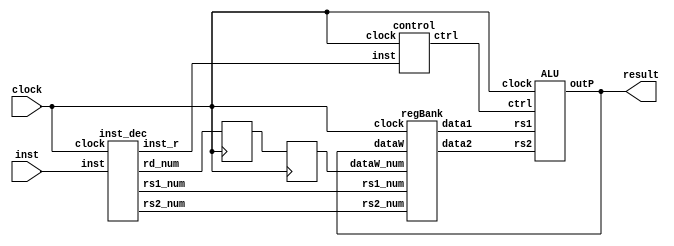
`timescale 1ns / 1ps
//////////////////////////////////////////////////////////////////////////////////
// Company: 
// Engineer: 
// 
// Design Name: 
// Module Name: procs_new
// Project Name: 
// Target Devices: 
// Tool Versions: 
// Description: 
// 
// Dependencies: 
// 
// Revision:
// Revision 0.01 - File Created
// Additional Comments:
// 
//////////////////////////////////////////////////////////////////////////////////


module procsn32(
    input clock,
    input [31:0] inst,
    output [31:0] result
    );
    
    wire [4:0] rs1_num, rs2_num, rd_num;
    reg [4:0] rd_num_r, rd_num_rr;
    wire [3:0] ctrl;
    wire [31:0]  rs1, rs2;
    wire [31:0] inst_r,outP;
    
    //Instruction Decode Stage
    inst_dec ID (inst, rs1_num, rs2_num, rd_num, inst_r, clock);
    //Control Signal Stage
    control CTRL (inst_r, ctrl, clock);
    
    always@(posedge clock) begin
    rd_num_r <= rd_num;
    rd_num_rr <= rd_num_r;
    end 
    
    //ALU Stage
    ALU ALU (rs1, rs2, ctrl, outP, clock);
    //Register Bank module
    regBank regB(clock, rs1_num, rs2_num, rd_num_rr, outP, rs1, rs2);
            
    assign result = outP;
    
endmodule

module regBank(input clock, input [4:0] rs1_num, rs2_num, dataW_num, 
               input [31:0] dataW, output reg [31:0] data1, data2);
reg [31:0] regBank [0:31];  //register_bank
always@(posedge clock) begin
data1 <= regBank[rs1_num];
data2 <= regBank[rs2_num];
regBank[dataW_num] <= dataW;
end
endmodule

module inst_dec(input [31:0] inst, 
    output [4:0] rs1_num, rs2_num, rd_num,
    output reg [31:0] inst_r, input clock);
always@(posedge clock) inst_r = inst;

assign rs1_num = inst_r[19:15];   //rs1
assign rs2_num = inst_r[24:20];   //rs2
assign rd_num = inst_r[11:7];  //rd

endmodule

module control(input [31:0] inst, output reg [3:0] ctrl, input clock);
parameter   ADD = 10'b0000001, SUB = 10'b0010001, SLL = 10'b0000011,
            SRL = 10'b0010011, SRA = 10'b0100011, SLT = 10'b0000111,
            SLTU= 10'b0010111, XOR = 10'b0001111, OR  = 10'b0011111,
            AND = 10'b0101111;       //func_opcode
    always@(posedge clock) begin                 
    case({inst[14:12],inst[3:0]}) //func_opcode
            ADD : ctrl = 4'h1;
            SUB : ctrl = 4'h2;
            SLL : ctrl = 4'h3; 
            SRL : ctrl = 4'h4;
            SRA : ctrl = 4'h5;
            SLT : ctrl = 4'h6;
            SLTU: ctrl = 4'h7;
            XOR : ctrl = 4'h8;
            OR  : ctrl = 4'h9;
            AND : ctrl = 4'ha;
            default : ctrl = 4'h0;
    endcase
    end
endmodule

module ALU(input [31:0] rs1, input [31:0] rs2, input [3:0] ctrl,
             output reg [31:0] outP, input clock);
always@(posedge clock) begin//EX
case(ctrl) //func_opcode
4'h1 : outP = rs1 + rs2 ;
4'h2 : outP = rs1 - rs2 ;
4'h3 : outP = rs1 << rs2[4:0] ; 
4'h4 : outP = rs1 >> rs2[4:0] ;
4'h5 : outP = $signed(rs1) >>> rs2[4:0] ;
4'h6 : outP = ($signed(rs1) < $signed(rs2)) 
              ? 32'h00000001 : 32'h00000000 ;
4'h7 : outP = (rs1 < rs2) 
              ? 32'h00000001 : 32'h00000000 ;
4'h8 : outP = rs1 ^ rs2 ;
4'h9 : outP = rs1 | rs2 ;
4'ha : outP = rs1 & rs2 ;
default : outP = 32'hxxxxxxxx ;
endcase
end
endmodule

/*module regW(input [31:0] data, input [4:0] regnum);

endmodule*/